Annual report on the Civil Veterinary Department, Burma (including the Insein Veterinary School) - 1923-1931
Year: 1923
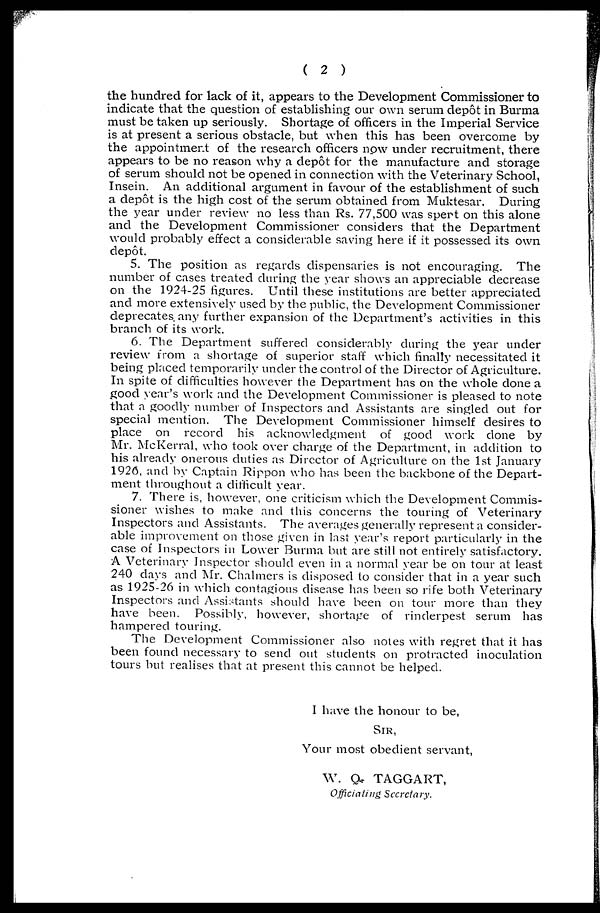
( 2 )
the hundred for lack of it, appears to the Development Commissioner to
indicate that the question of establishing our own serum depot in Burma
must be taken up seriously. Shortage of officers in the Imperial Service
is at present a serious obstacle, but when this has been overcome by
the appointment of the research officers now under recruitment, there
appears to be no reason why a depot for the manufacture and storage
of serum should not be opened in connection with the Veterinary School,
Insein. An additional argument in favour of the establishment of such
a depot is the high cost of the serum obtained from Muktesar. During
the year under review no less than Rs. 77,500 was spent on this alone
and the Development Commissioner considers that the Department
would probably effect a considerable saving here if it possessed its own
depot.
5. The position as regards dispensaries is not encouraging. The
number of cases treated during the year shows an appreciable decrease
on the 1924-25 figures. Until these institutions are better appreciated
and more extensively used by the public, the Development Commissioner
deprecates, any further expansion of the Department's activities in this
branch of its work.
6. The Department suffered considerably during the year under
review from a shortage of superior staff which finally necessitated it
being placed temporarily under the control of the Director of Agriculture.
In spite of difficulties however the Department has on the whole done a
good year's work and the Development Commissioner is pleased to note
that a goodly number of Inspectors and Assistants are singled out for
special mention. The Development Commissioner himself desires to
place on record his acknowledgment of good work done by
Mr. McKerral, who took over charge of the Department, in addition to
his already onerous duties as Director of Agriculture on the 1st January
1926, and by Captain Rippon who has been the backbone of the Depart-
ment throughout a difficult year.
7. There is, however, one criticism which the Development Commis-
sioner wishes to make and this concerns the touring of Veterinary
Inspectors and Assistants. The averages generally represent a consider-
able improvement on those given in last year's report particularly in the
case of Inspectors in Lower Burma but are still not entirely satisfactory.
A Veterinary Inspector should even in a normal year be on tour at least
240 days and Mr. Chalmers is disposed to consider that in a year such
as 1925-26 in which contagious disease has been so rife both Veterinary
Inspectors and Assistants should have been on tour more than they
have been. Possibly, however, shortage of rinderpest serum has
hampered touring.
The Development Commissioner also notes with regret that it has
been found necessary to send out students on protracted inoculation
tours but realises that at present this cannot be helped.
I have the honour to be,
SIR,
Your most obedient servant,
W. Q. TAGGART,
Officiating Secretary.